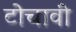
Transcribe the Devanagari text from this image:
टोचावी